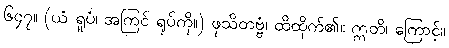
၆၄၇။ (ယံ ရူပံ၊ အကြင် ရုပ်ကို။) ဖုသိတဗ္ဗံ၊ ထိထိုက်၏။ ဣတိ၊ ကြောင့်။